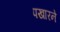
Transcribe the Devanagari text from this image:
पखारने